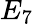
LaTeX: E_{7}